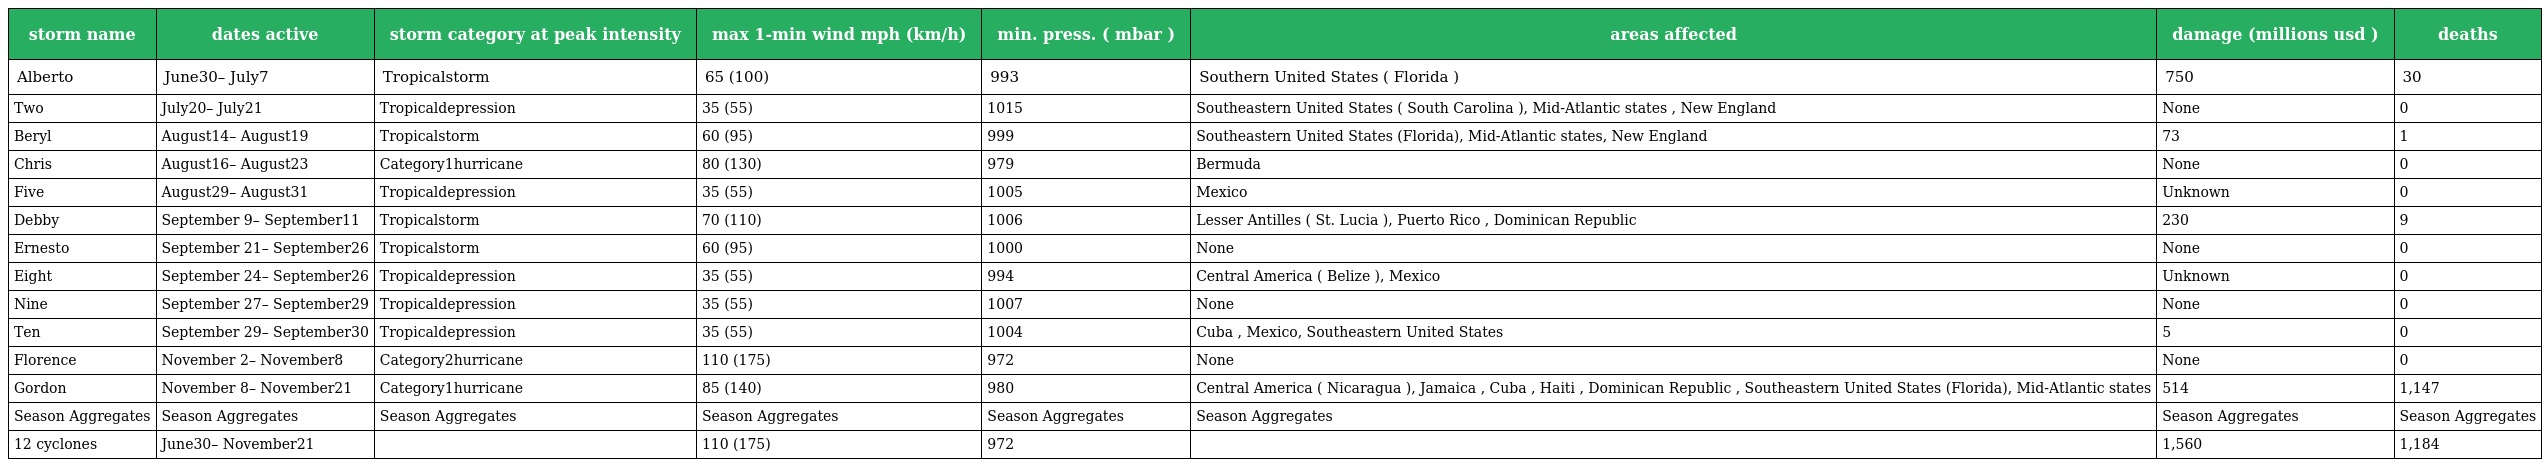
| storm name | dates active | storm category at peak intensity | max 1-min wind mph (km/h) | min. press. ( mbar ) | areas affected | damage (millions usd ) | deaths |
 | --- | --- | --- | --- | --- | --- | --- | --- |
 | Alberto | June30– July7 | Tropicalstorm | 65 (100) | 993 | Southern United States ( Florida ) | 750 | 30 |
 | Two | July20– July21 | Tropicaldepression | 35 (55) | 1015 | Southeastern United States ( South Carolina ), Mid-Atlantic states , New England | None | 0 |
 | Beryl | August14– August19 | Tropicalstorm | 60 (95) | 999 | Southeastern United States (Florida), Mid-Atlantic states, New England | 73 | 1 |
 | Chris | August16– August23 | Category1hurricane | 80 (130) | 979 | Bermuda | None | 0 |
 | Five | August29– August31 | Tropicaldepression | 35 (55) | 1005 | Mexico | Unknown | 0 |
 | Debby | September 9– September11 | Tropicalstorm | 70 (110) | 1006 | Lesser Antilles ( St. Lucia ), Puerto Rico , Dominican Republic | 230 | 9 |
 | Ernesto | September 21– September26 | Tropicalstorm | 60 (95) | 1000 | None | None | 0 |
 | Eight | September 24– September26 | Tropicaldepression | 35 (55) | 994 | Central America ( Belize ), Mexico | Unknown | 0 |
 | Nine | September 27– September29 | Tropicaldepression | 35 (55) | 1007 | None | None | 0 |
 | Ten | September 29– September30 | Tropicaldepression | 35 (55) | 1004 | Cuba , Mexico, Southeastern United States | 5 | 0 |
 | Florence | November 2– November8 | Category2hurricane | 110 (175) | 972 | None | None | 0 |
 | Gordon | November 8– November21 | Category1hurricane | 85 (140) | 980 | Central America ( Nicaragua ), Jamaica , Cuba , Haiti , Dominican Republic , Southeastern United States (Florida), Mid-Atlantic states | 514 | 1,147 |
 | Season Aggregates | Season Aggregates | Season Aggregates | Season Aggregates | Season Aggregates | Season Aggregates | Season Aggregates | Season Aggregates |
 | 12 cyclones | June30– November21 |  | 110 (175) | 972 |  | 1,560 | 1,184 |